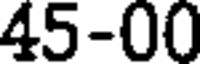
45-00